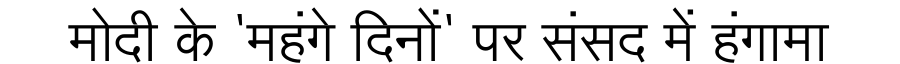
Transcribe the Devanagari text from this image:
मोदी के 'महंगे दिनों' पर संसद में हंगामा